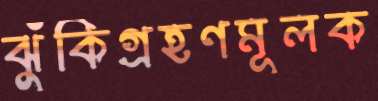
ঝুঁকিগ্রহণমূলক